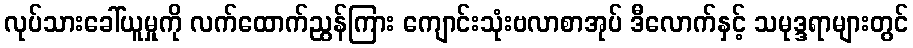
လုပ်သားခေါ်ယူမှုကို လက်ထောက်ညွန်ကြား ကျောင်းသုံးဗလာစာအုပ် ဒီလောက်နှင့် သမုဒ္ဒရာများတွင်